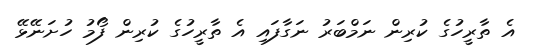
އެ ތާރީހުގެ ކުރިން ނަމްބަރު ނަގާފައި އެ ތާރީހުގެ ކުރިން ފޯމު ހުށަނޭޅޭ